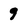
Character: 9